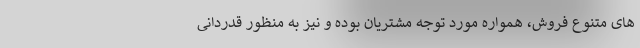
های متنوع فروش، همواره مورد توجه مشتریان بوده و نیز به منظور قدردانی